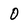
Character: O